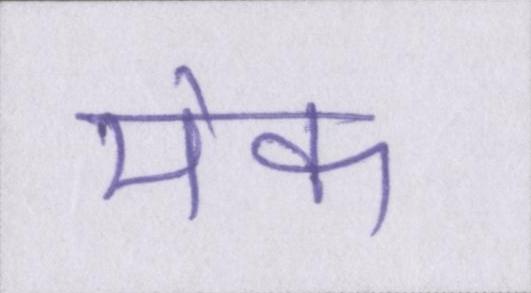
मेक